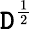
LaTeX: \mathtt{D}^{\frac{{1}}{{2}}}